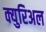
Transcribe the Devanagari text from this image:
क्युरिअल